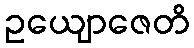
ဥယျောဇေတိ